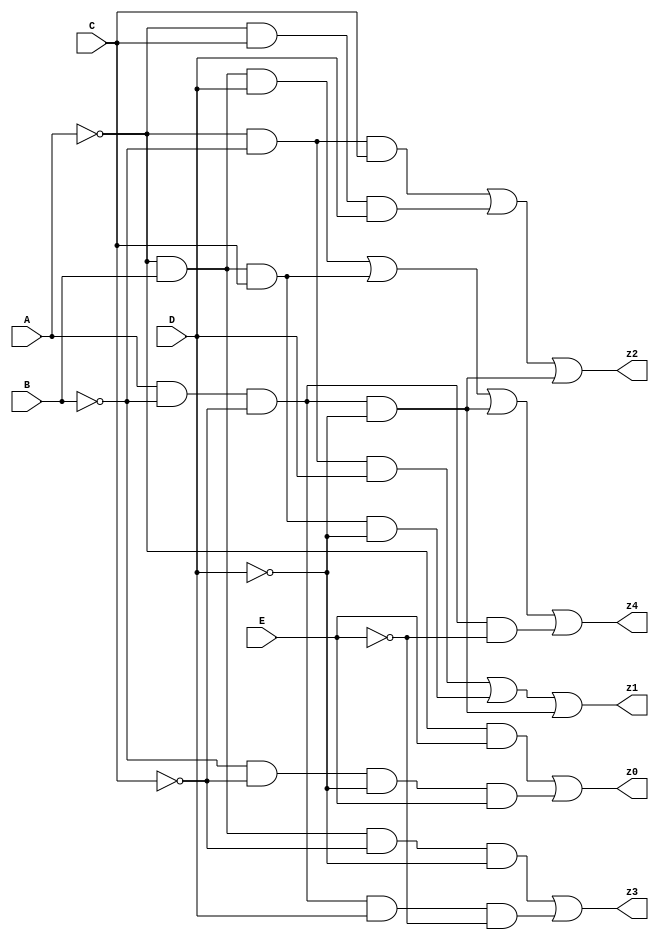
module separa ( A, B, C, D, E, z0, z1, z2, z3, z4);
	input A, B, C, D, E;
	output z0, z1, z2, z3, z4;
	assign z0 = (~A&E) | (~B&~C&~D&E);
	assign z1 = (~A&~B&D) | (~A&B&C&~D) | (A&~B&~C&~D);
	assign z2 = (~A&~B&C) | (~A&C&D) | (A&~B&~C&~D);
	assign z3 = (~A&B&~C&~D) | (A&~B&~C&D&~E);
	assign z4 = (~A&B&D) | (~A&B&C) | (A&~B&~C&~D) | (A&~B&~C&~E);
endmodule